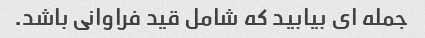
جمله ای بیابید که شامل قید فراوانی باشد.